Vaccination in the Punjab 1919-1929 - 1919-1929
Year: 1919
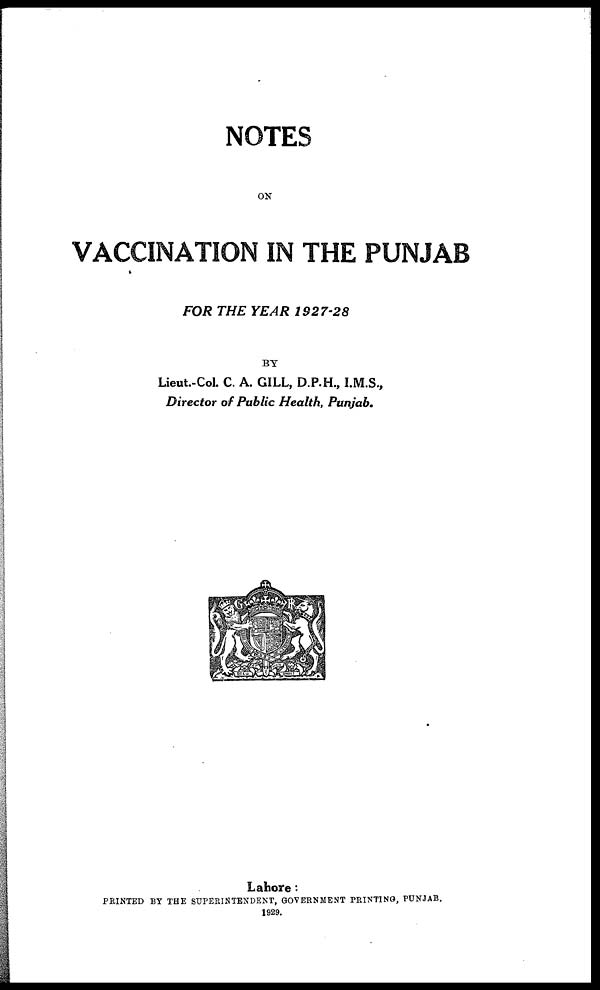
NOTES
ON
VACCINATION IN THE PUNJAB
FOR THE YEAR
1927-28
BY
Lieut.-Col. C. A. GILL, D.P.H., I.M.S.,
Director of Public Health, Punjab.
Lahore :
PRINTED BY THE SUPERINTENDENT, GOVERNMENT PRINTING, PUNJAB.
1929.